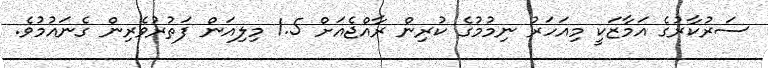
ސަރުކާރުގެ އަމާޒަކީ މިއަހަރު ނިމުމުގެ ކުރިން ރާއްޖެއަށް 1.5 މިލިއަން ފަތުރުވެރިން ގެނައުމުވެ.